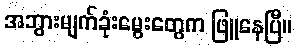
အဘွားမျက်ခုံးမွေးတွေက ဖြူနေပြီ။